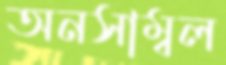
অনসাম্বল